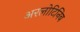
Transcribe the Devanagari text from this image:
अरलोटिनिब